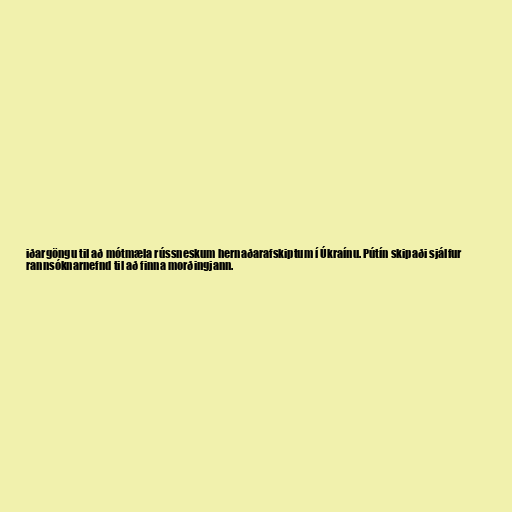
iðargöngu til að mótmæla rússneskum hernaðarafskiptum í Úkraínu. Pútín skipaði sjálfur
rannsóknarnefnd til að finna morðingjann.